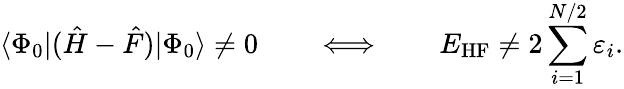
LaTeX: \langle\Phi_{0}|({\hat{H}}-{\hat{F}})|\Phi_{0}\rangle\neq 0\qquad\Longleftrightarrow\qquad E_{\mathrm{HF}}\neq 2\sum_{i=1}^{N/2}\varepsilon_{i}.